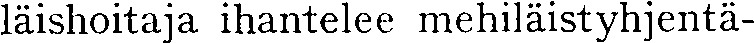
läishoitaja ihantelee mehiläistyhjentä-